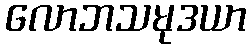
လောဘသမုဒယာ